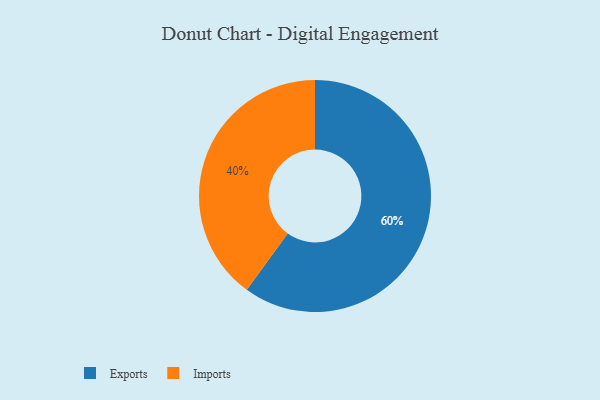
{"axis": {"x": "Category", "y": "Percentage"}, "legend": ["Exports", "Imports"], "data": [{"x": "Exports", "y": 60, "type": "Exports"}, {"x": "Imports", "y": 40, "type": "Imports"}]}